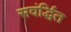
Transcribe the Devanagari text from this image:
सवंर्द्धित